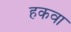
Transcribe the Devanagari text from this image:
हकवा